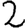
Digit: 2